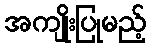
အကျိုးပြုမည့်